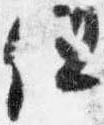
但